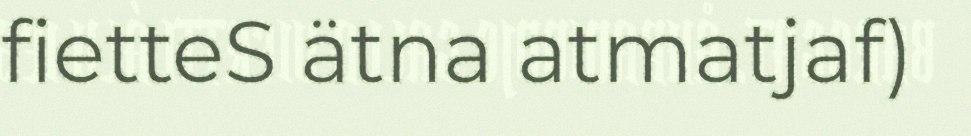
fietteS ätna atmatjaf)